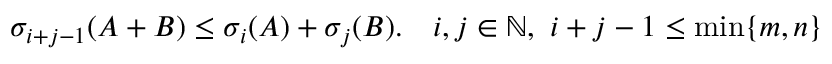
\sigma _ { i + j - 1 } ( A + B ) \leq \sigma _ { i } ( A ) + \sigma _ { j } ( B ) . \quad i , j \in \mathbb { N } , \ i + j - 1 \leq \operatorname* { m i n } \{ m , n \}